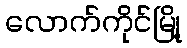
လောက်ကိုင်မြို့